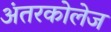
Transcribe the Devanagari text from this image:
अंतरकोलेज